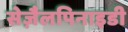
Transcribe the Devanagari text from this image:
सेज़ैलपिनाइडी